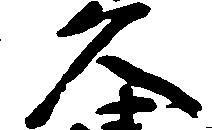
久